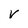
Character: V